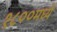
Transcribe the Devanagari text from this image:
१८००मध्ये